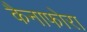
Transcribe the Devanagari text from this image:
कैनाफोरा